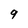
Character: 9